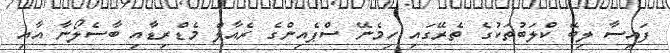
ފައިސާ ލިބޭ ކްލަބުތަކުގެ ތެރޭގައި ހިމެނޭ ސްޕެއިންގެ ރެއާލް މެޑްރިޑާއި ބާސެލޯނާ އާއި